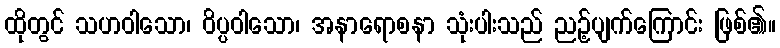
ထိုတွင် သဟဝါသော၊ ဝိပ္ပဝါသော၊ အနာရောစနာ သုံးပါးသည် ညဉ့်ပျက်ကြောင်း ဖြစ်၏။